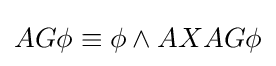
AG\phi \equiv \phi \land AXAG\phi